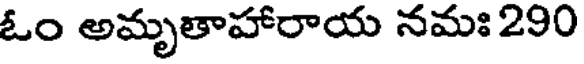
ఓం అమృతాహారాయ నమః 290